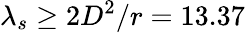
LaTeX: \lambda_{s}\ge 2D^{2}/r=13.37